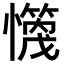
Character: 𪬻